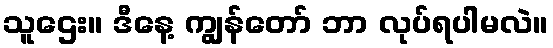
သူဌေး။ ဒီနေ့ ကျွန်တော် ဘာ လုပ်ရပါမလဲ။